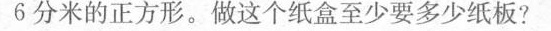
6分米的正方形。做这个纸盒至少要多少纸板?